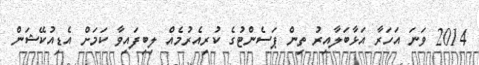
2014 ވަނަ އަހަރާ އަޅާބަލާއިރު ތިން ޕަސެންޓުގެ ކުރިއެރުމެއް ލިބިފައިވާ ކަމަށް އެޑިއުކޭޝަން